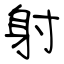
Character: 射